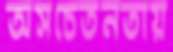
অসচেতনতায়